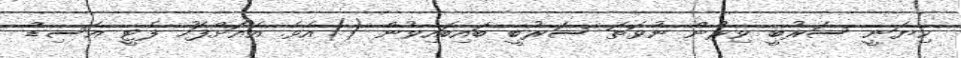
ކިޔަނީ ސަރުބީ ވިރުން ނުވަތަ ސަރުބީ ބައިބައިވުން ()އެވެ. އެއަށްފަހު ފެޓީ އެސިޑް